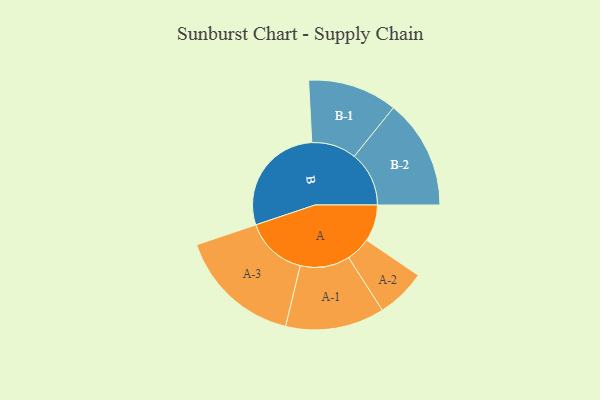
{"axis": {"x": "Segment", "y": "Value"}, "legend": ["", "A", "B"], "data": [{"x": "A", "y": 154, "type": ""}, {"x": "B", "y": 475, "type": ""}, {"x": "A-1", "y": 208, "type": "A"}, {"x": "A-2", "y": 104, "type": "A"}, {"x": "A-3", "y": 260, "type": "A"}, {"x": "B-1", "y": 188, "type": "B"}, {"x": "B-2", "y": 230, "type": "B"}]}